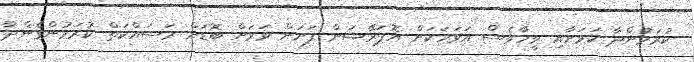
ކުރަމުންދާ ކަމަށާއި ވީހާވެސް އަވަހަކަށް އޮޕަރޭޝަން ފަށަން ވަރަށް ބޮޑަށް މަސައްކަތް ކުރަމުންގެންދާ